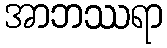
အာဘဿရာ